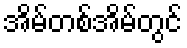
အိမ်တစ်အိမ်တွင်